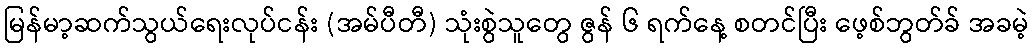
မြန်မာ့ဆက်သွယ်ရေးလုပ်ငန်း (အမ်ပီတီ) သုံးစွဲသူတွေ ဇွန် ၆ ရက်နေ့ စတင်ပြီး ဖေ့စ်ဘွတ်ခ် အခမဲ့